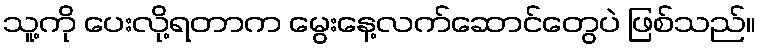
သူ့ကို ပေးလို့ရတာက မွေးနေ့လက်ဆောင်တွေပဲ ဖြစ်သည်။